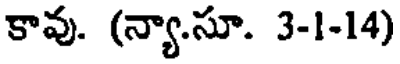
కావు. (న్యా.సూ. 3-1-14)